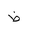
Letter: _za